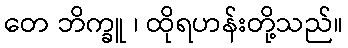
တေ ဘိက္ခူ ၊ ထိုရဟန်းတို့သည်။